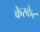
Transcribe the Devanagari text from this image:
केरकेर